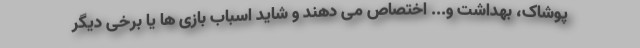
پوشاک، بهداشت و... اختصاص می دهند و شاید اسباب بازی ها یا برخی دیگر